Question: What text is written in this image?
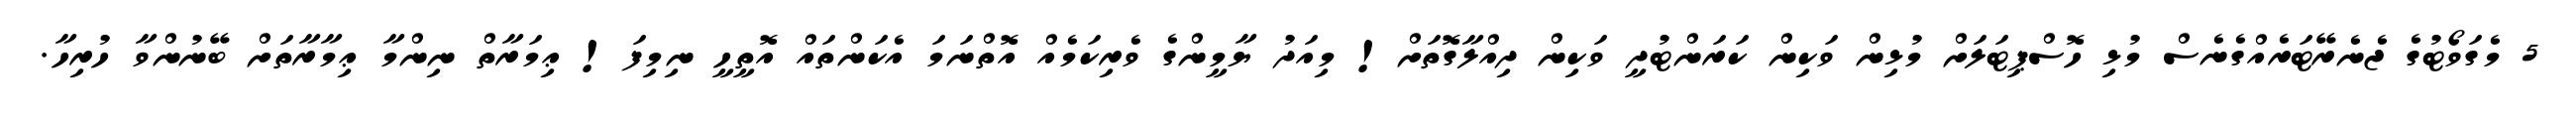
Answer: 5 މެގަވޯޓުގެ ޖެނެރޭޓަރެއްގެނެސް މުޅި ހޮސްޕިޓަލަށް މުޅިން ވަކިން ކަރަންޓުދީ ވަކިން ދިއްލާގޮތަށް! މިއަދު ޔާމީންގެ ވެރިކަމެއް އޮތްނަމަ އެކަންތައް އޮތީހީ ނިމިފަ! ޢިމަރާތް ނިންމާ ޢިމާރާތަށް ބޭނުންވާ ހުރިހާ.